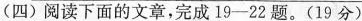
(四) 阅读下面的文章，完成19—22题。(19分)